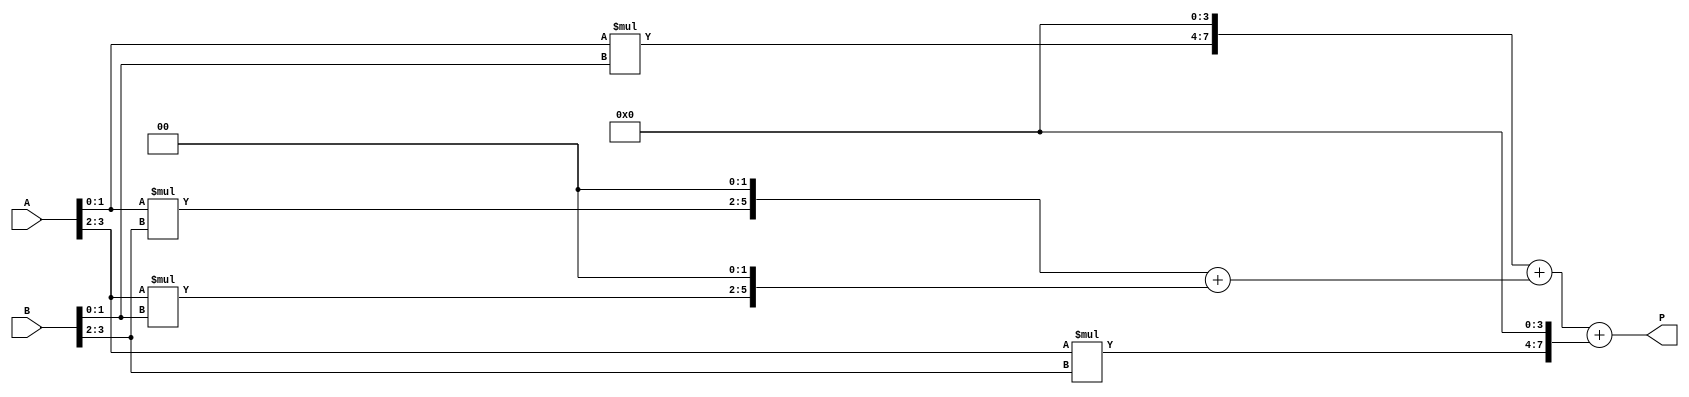
module vedic_multiplier (
    input [3:0] A, // First operand (4-bit input)
    input [3:0] B, // Second operand (4-bit input)
    output [7:0] P // Product of A and B (8-bit output)
);

    wire [3:0] pp0, pp1, pp2, pp3; // Partial products
    wire [7:0] sum1, sum2; // Intermediate sums

    // Generate partial products
    assign pp0 = A[1:0] * B[1:0]; // A0 * B0
    assign pp1 = A[1:0] * B[3:2]; // A0 * B1
    assign pp2 = A[3:2] * B[1:0]; // A1 * B0
    assign pp3 = A[3:2] * B[3:2]; // A1 * B1

    // Shift partial products to their respective positions
    assign sum1 = {pp1, 2'b00} + {pp2, 2'b00}; // Shifted by 2 bits
    assign sum2 = {pp0, 4'b0000} + sum1; // Shifted by 4 bits

    // Final product
    assign P = sum2 + {pp3, 4'b0000}; // Add the last partial product shifted by 4 bits

endmodule